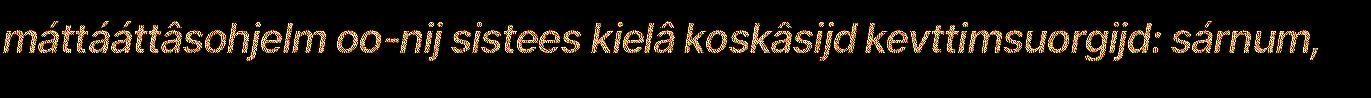
máttááttâsohjelm oo-nij sistees kielâ koskâsijd kevttimsuorgijd: sárnum,